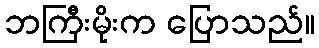
ဘကြီးမိုးက ပြောသည်။